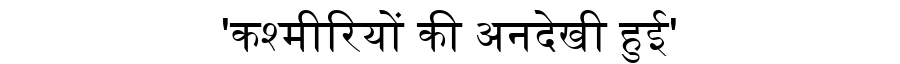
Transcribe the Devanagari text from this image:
'कश्मीरियों की अनदेखी हुई'